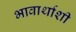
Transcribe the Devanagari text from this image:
भावार्थाशी